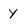
Character: y